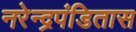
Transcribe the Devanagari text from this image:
नरेन्द्रपंडितास